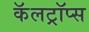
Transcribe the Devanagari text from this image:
कॅलट्रॉप्स